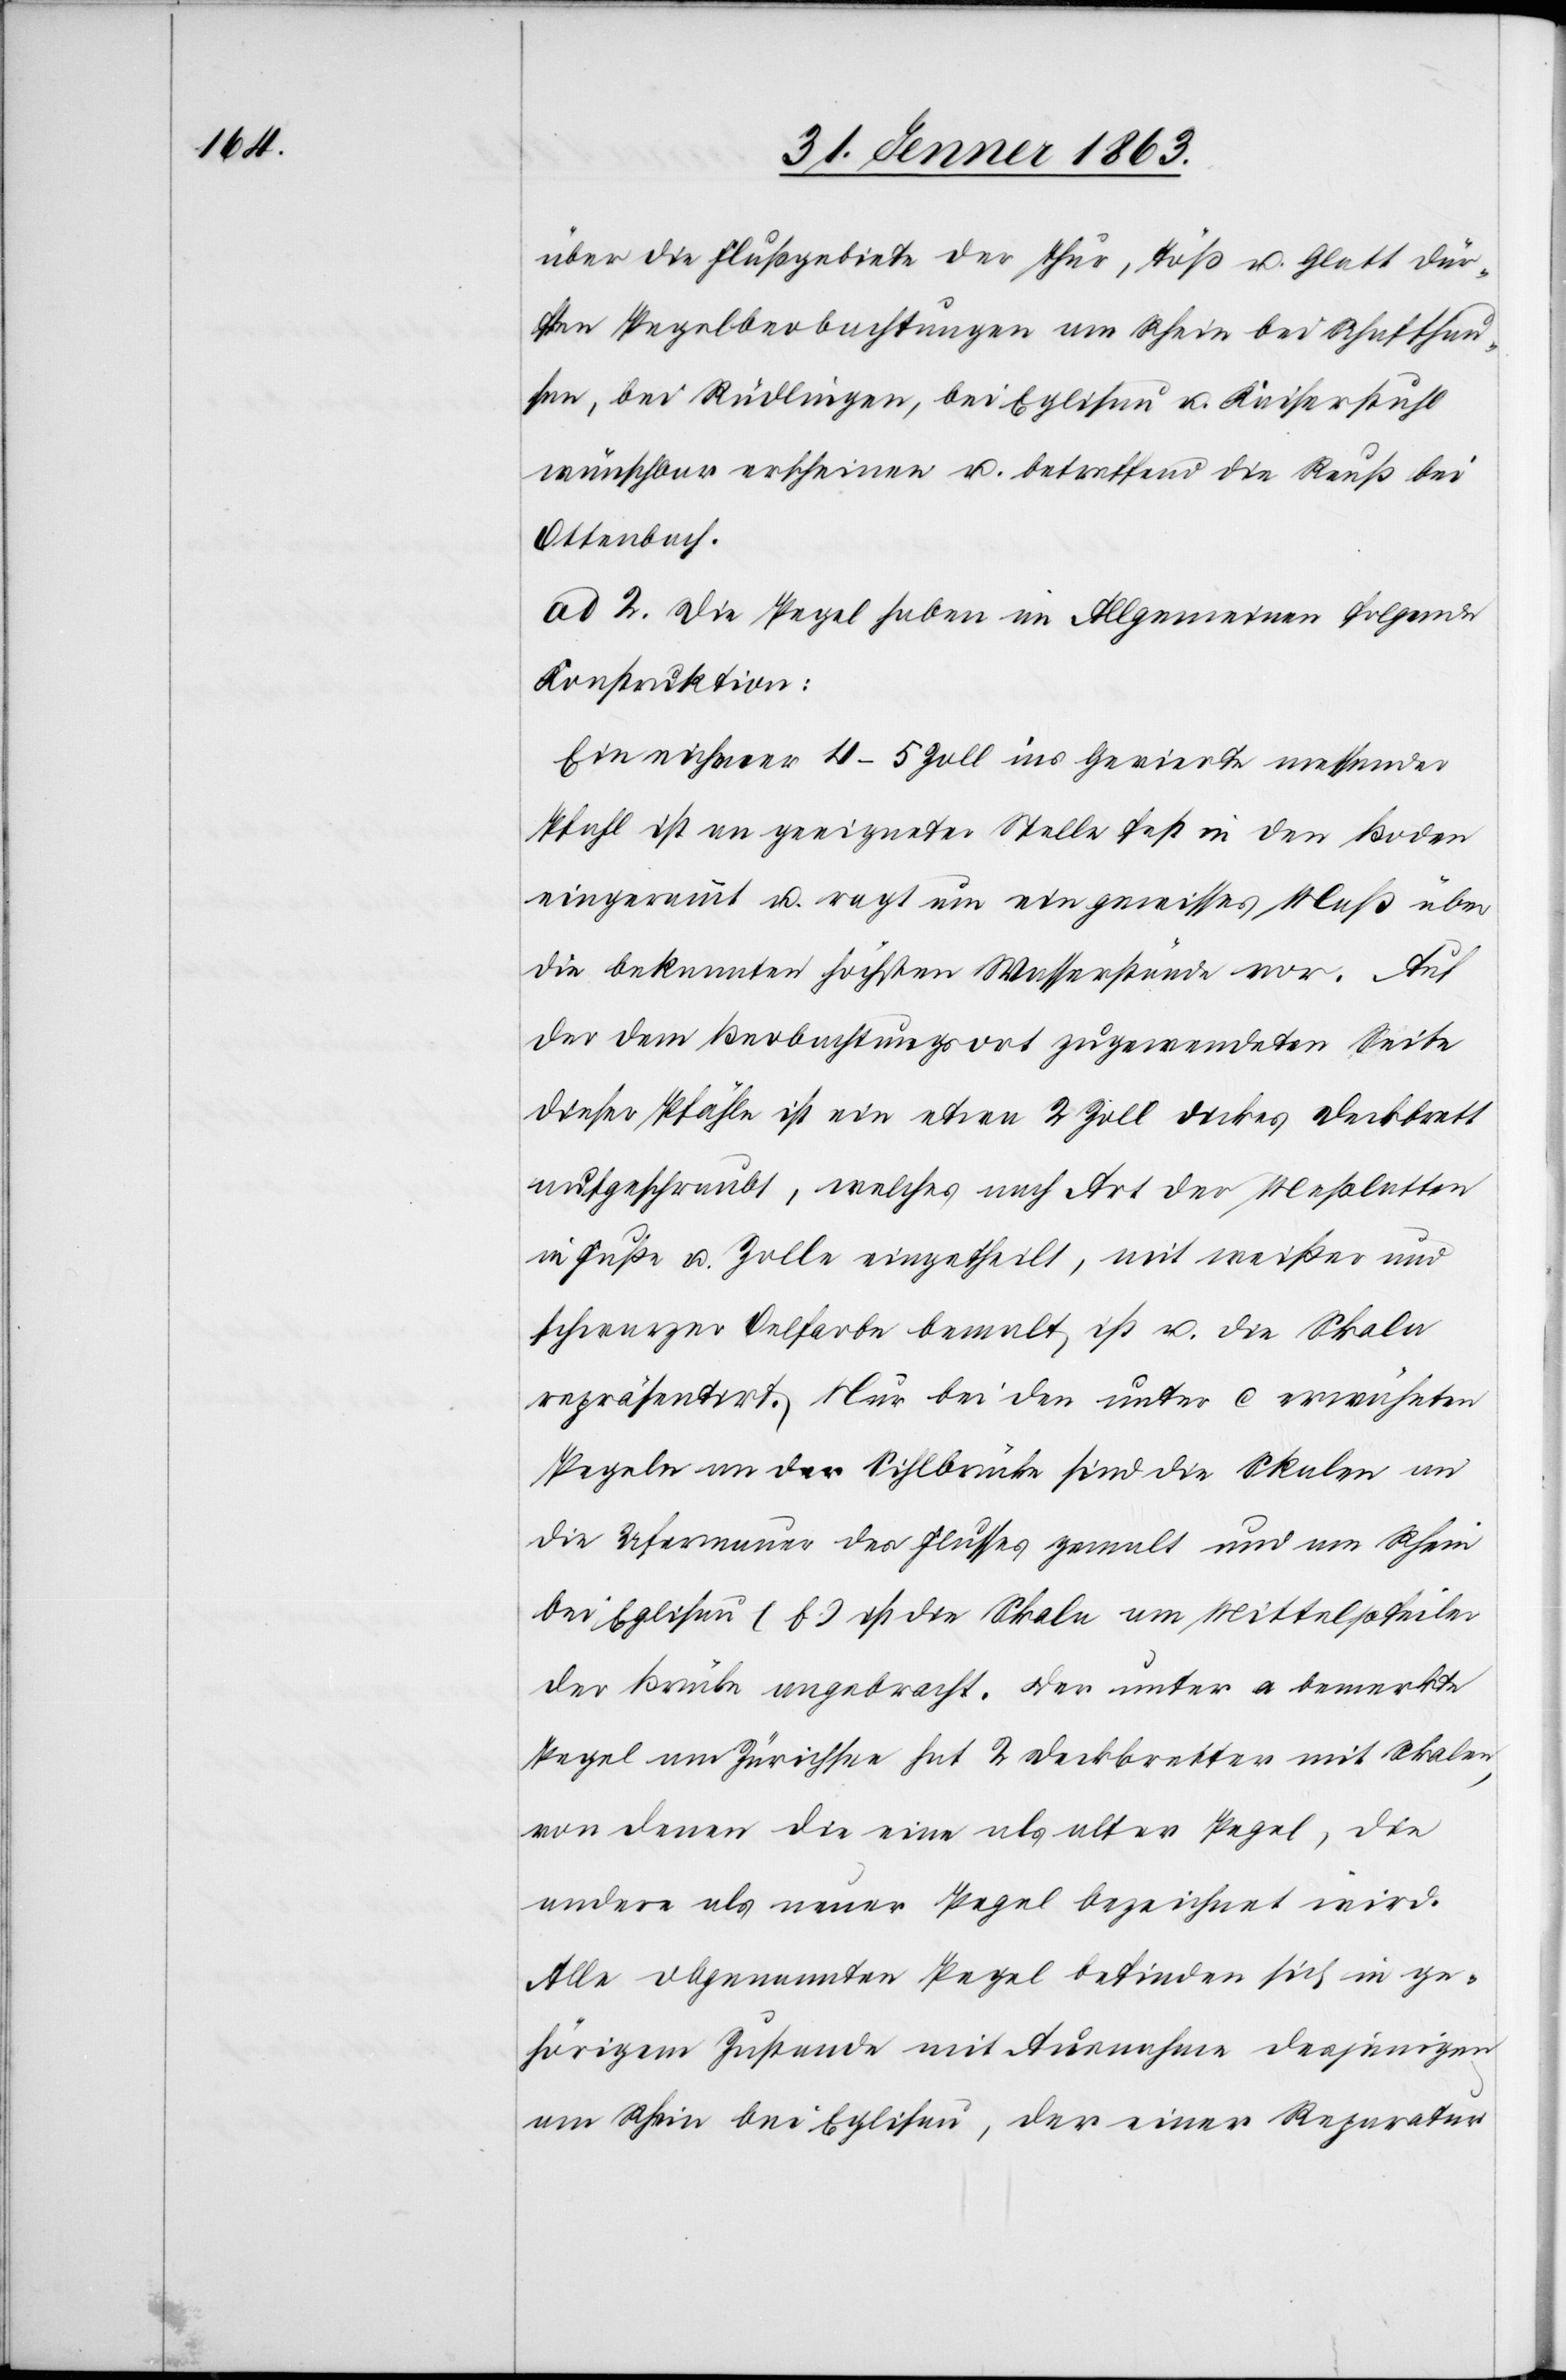
über die Flußgebiete der Thur, Töß u. Glatt dür¬
ften Pegelbeobachtungen am Rhein bei Schaffhau¬
sen, bei Rüdlingen, bei Eglisau u. Kaiserstuhl
wünschbar erscheinen u. betreffend die Reuß bei
Ottenbach.
ad 2. Die Pegel haben im Allgemeinen folgende
Konstruktion:
Ein eichener 4–5 Zoll ins Gevierte messender
Pfahl ist an geeigneter Stelle fest in den Boden
eingerammt u. ragt um ein gewisses Maß über
die bekannten höchsten Wasserstände vor. Auf
der dem Beobachtungsort zugewendeten Seite
dieser Pfähle ist ein etwa 2 Zoll dickes Deckbrett
aufgeschraubt, welches nach Art der Meßlatten
in Fuße u. Zolle eingetheilt, mit weißer und
schwarzer Oelfarbe bemalt ist u. die Skala
repräsentirt. Nur bei den unter c erwähnten
Pegeln an der Sihlbrücke sind die Skalen an
die Ufermauer des Flusses gemalt und am Rhein
bei Eglisau (b.) ist die Skala am Mittelpfeiler
der Brücke angebracht. Der unter a bemerkte
Pegel am Zürichsee hat 2 Deckbretter mit Skalen,
von denen die eine als alter Pegel, die
andere als neuer Pegel bezeichnet wird.
Alle obgenannten Pegel befinden sich in ge¬
hörigem Zustande mit Ausnahme desjenigen
am Rhein bei Eglisau, der einer Reparatur